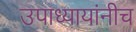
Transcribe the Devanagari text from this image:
उपाध्यायांनीच